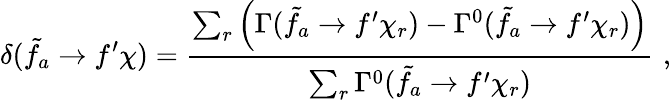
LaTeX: \delta(\tilde{f_{a}}\to f^{\prime}\chi)=\frac{\sum_{r}\left(\Gamma(\tilde{f_{a}}\to f^{\prime}\chi_{r})-\Gamma^{0}(\tilde{f_{a}}\to f^{\prime}\chi_{r})\right)}{\sum_{r}\Gamma^{0}(\tilde{f_{a}}\to f^{\prime}\chi_{r})}\, \, ,